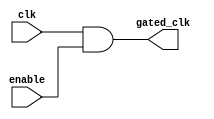
module clock_gating_cell (
    input wire clk,          // Global clock
    input wire enable,       // Enable signal
    output wire gated_clk    // Gated clock output
);
    // Clock gating logic (AND gate)
    assign gated_clk = clk & enable; // Pass clk when enable is high
endmodule